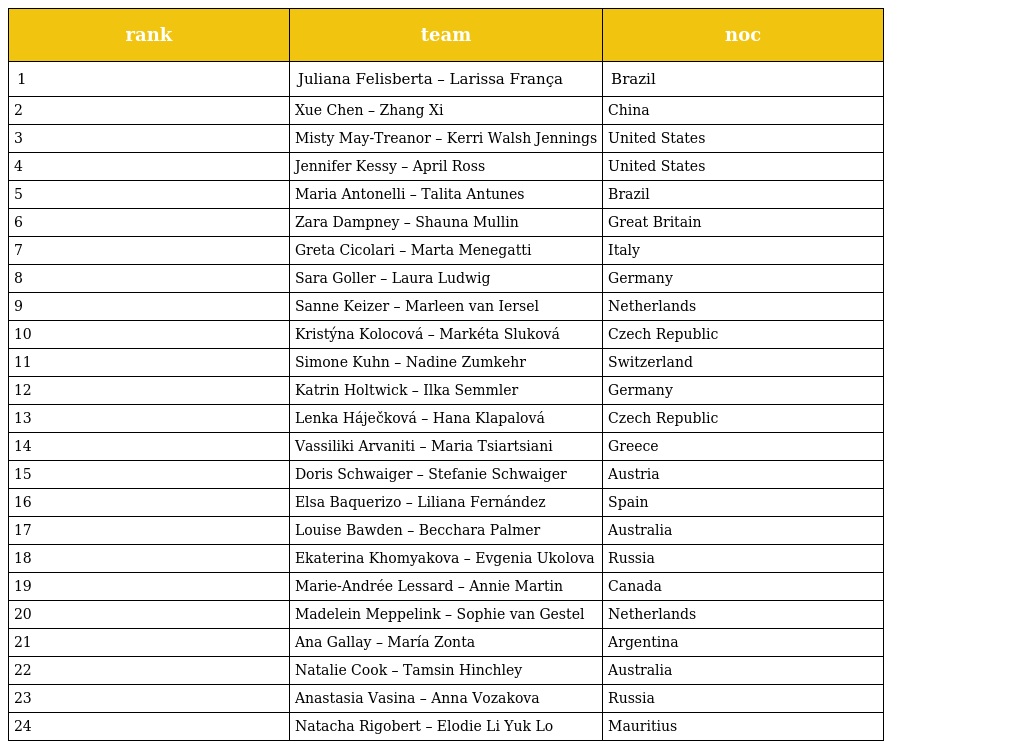
| rank | team | noc |
 | --- | --- | --- |
 | 1 | Juliana Felisberta – Larissa França | Brazil |
 | 2 | Xue Chen – Zhang Xi | China |
 | 3 | Misty May-Treanor – Kerri Walsh Jennings | United States |
 | 4 | Jennifer Kessy – April Ross | United States |
 | 5 | Maria Antonelli – Talita Antunes | Brazil |
 | 6 | Zara Dampney – Shauna Mullin | Great Britain |
 | 7 | Greta Cicolari – Marta Menegatti | Italy |
 | 8 | Sara Goller – Laura Ludwig | Germany |
 | 9 | Sanne Keizer – Marleen van Iersel | Netherlands |
 | 10 | Kristýna Kolocová – Markéta Sluková | Czech Republic |
 | 11 | Simone Kuhn – Nadine Zumkehr | Switzerland |
 | 12 | Katrin Holtwick – Ilka Semmler | Germany |
 | 13 | Lenka Háječková – Hana Klapalová | Czech Republic |
 | 14 | Vassiliki Arvaniti – Maria Tsiartsiani | Greece |
 | 15 | Doris Schwaiger – Stefanie Schwaiger | Austria |
 | 16 | Elsa Baquerizo – Liliana Fernández | Spain |
 | 17 | Louise Bawden – Becchara Palmer | Australia |
 | 18 | Ekaterina Khomyakova – Evgenia Ukolova | Russia |
 | 19 | Marie-Andrée Lessard – Annie Martin | Canada |
 | 20 | Madelein Meppelink – Sophie van Gestel | Netherlands |
 | 21 | Ana Gallay – María Zonta | Argentina |
 | 22 | Natalie Cook – Tamsin Hinchley | Australia |
 | 23 | Anastasia Vasina – Anna Vozakova | Russia |
 | 24 | Natacha Rigobert – Elodie Li Yuk Lo | Mauritius |